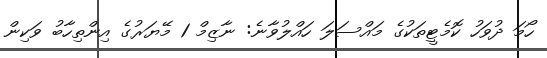
ހޯމަ ދުވަހު ކޮމެޓީތަކުގެ މައްސަލަ ހައްލުވާނެ: ނާޒިމް 1 މޭޔަރުގެ އިންތިހާބު ވަކިން